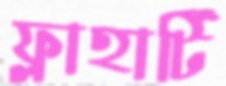
ফ্লাহার্টি